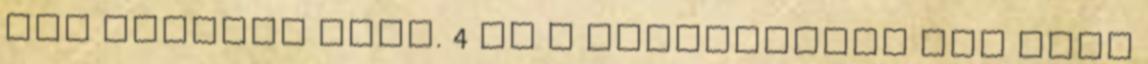
azt másként kéri. 4 Ha a Vállalkozás nem tesz